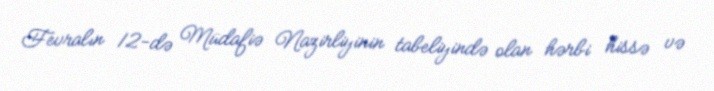
Fevralın 12-də Müdafiə Nazirliyinin tabeliyində olan hərbi hissə və